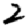
Digit: 2